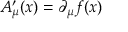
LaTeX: A _ { \mu } ^ { \prime } ( x ) = \partial _ { \mu } f ( x )